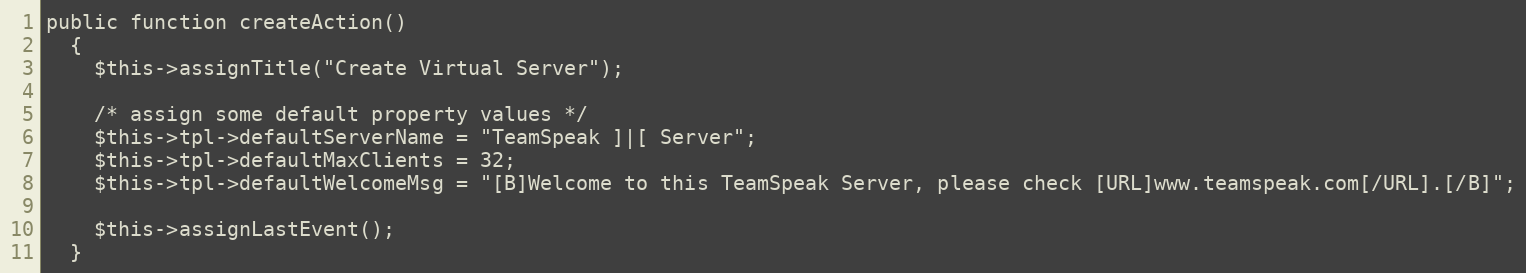
Language: PHP
public function createAction()
  {
    $this->assignTitle("Create Virtual Server");

    /* assign some default property values */
    $this->tpl->defaultServerName = "TeamSpeak ]|[ Server";
    $this->tpl->defaultMaxClients = 32;
    $this->tpl->defaultWelcomeMsg = "[B]Welcome to this TeamSpeak Server, please check [URL]www.teamspeak.com[/URL].[/B]";

    $this->assignLastEvent();
  }